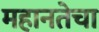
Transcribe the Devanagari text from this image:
महानतेचा